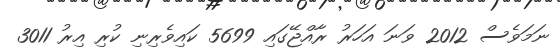
ނަމަވެސް 2012 ވަނަ އަހަރު ރާއްޖޭގައި 5699 ކައިވެރިނި ކުރި އިރު 3011